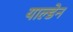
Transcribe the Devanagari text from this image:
याल्डेन